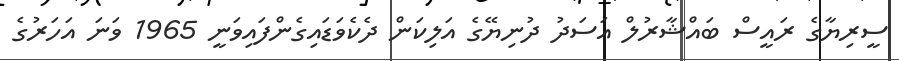
ސީރިޔާގެ ރައީސް ބައްޝާރުލް އަސަދު ދުނިޔޭގެ އަލިކަން ދެކެވަޑައިގެންފައިވަނީ 1965 ވަނަ އަހަރުގެ